Civil Veterinary Department. United Provinces 1923-31 - 1923-1931
Year: 1923
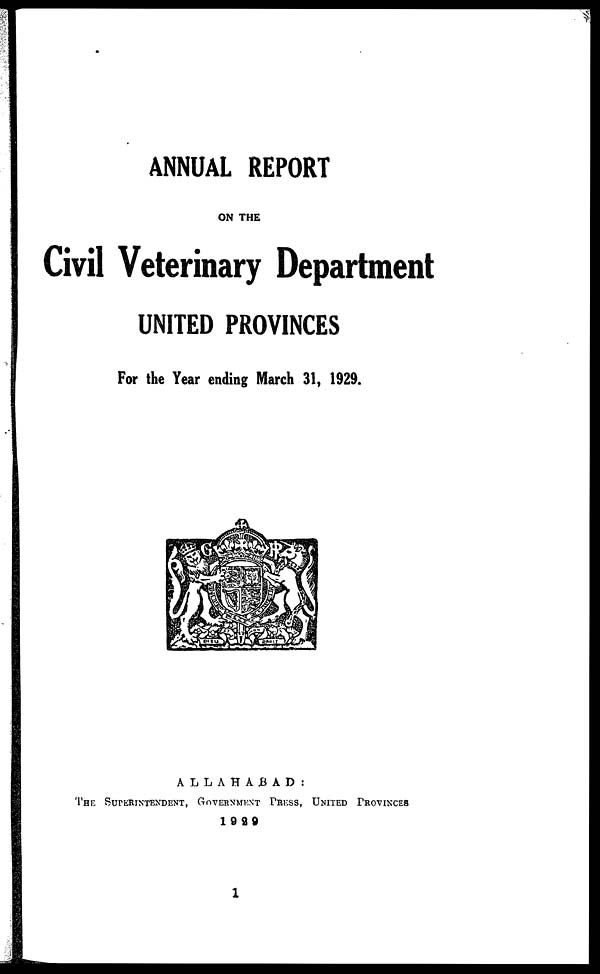
ANNUAL REPORT
ON THE
Civil Veterinary Department
UNITED PROVINCES
For the Year ending March 31, 1929.
ALLAHABAD:
THE SUPERINTENDENT, GOVERNMENT PRESS, UNITED PROVINCES
1929
1